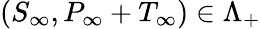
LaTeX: (S_{\infty},P_{\infty}+T_{\infty})\in\Lambda_{+}